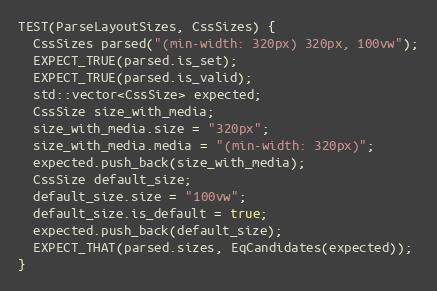
Language: C++
TEST(ParseLayoutSizes, CssSizes) {
  CssSizes parsed("(min-width: 320px) 320px, 100vw");
  EXPECT_TRUE(parsed.is_set);
  EXPECT_TRUE(parsed.is_valid);
  std::vector<CssSize> expected;
  CssSize size_with_media;
  size_with_media.size = "320px";
  size_with_media.media = "(min-width: 320px)";
  expected.push_back(size_with_media);
  CssSize default_size;
  default_size.size = "100vw";
  default_size.is_default = true;
  expected.push_back(default_size);
  EXPECT_THAT(parsed.sizes, EqCandidates(expected));
}